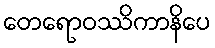
တေရောဝဿိကာနိပေ